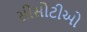
સીસોટીઓ